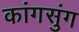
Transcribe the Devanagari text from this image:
कांगसुंग